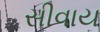
સીવાય